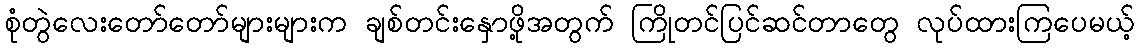
စုံတွဲလေးတော်တော်များများက ချစ်တင်းနှောဖို့အတွက် ကြိုတင်ပြင်ဆင်တာတွေ လုပ်ထားကြပေမယ့်